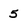
Character: 5